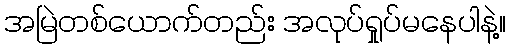
အမြဲတစ်ယောက်တည်း အလုပ်ရှုပ်မနေပါနဲ့။